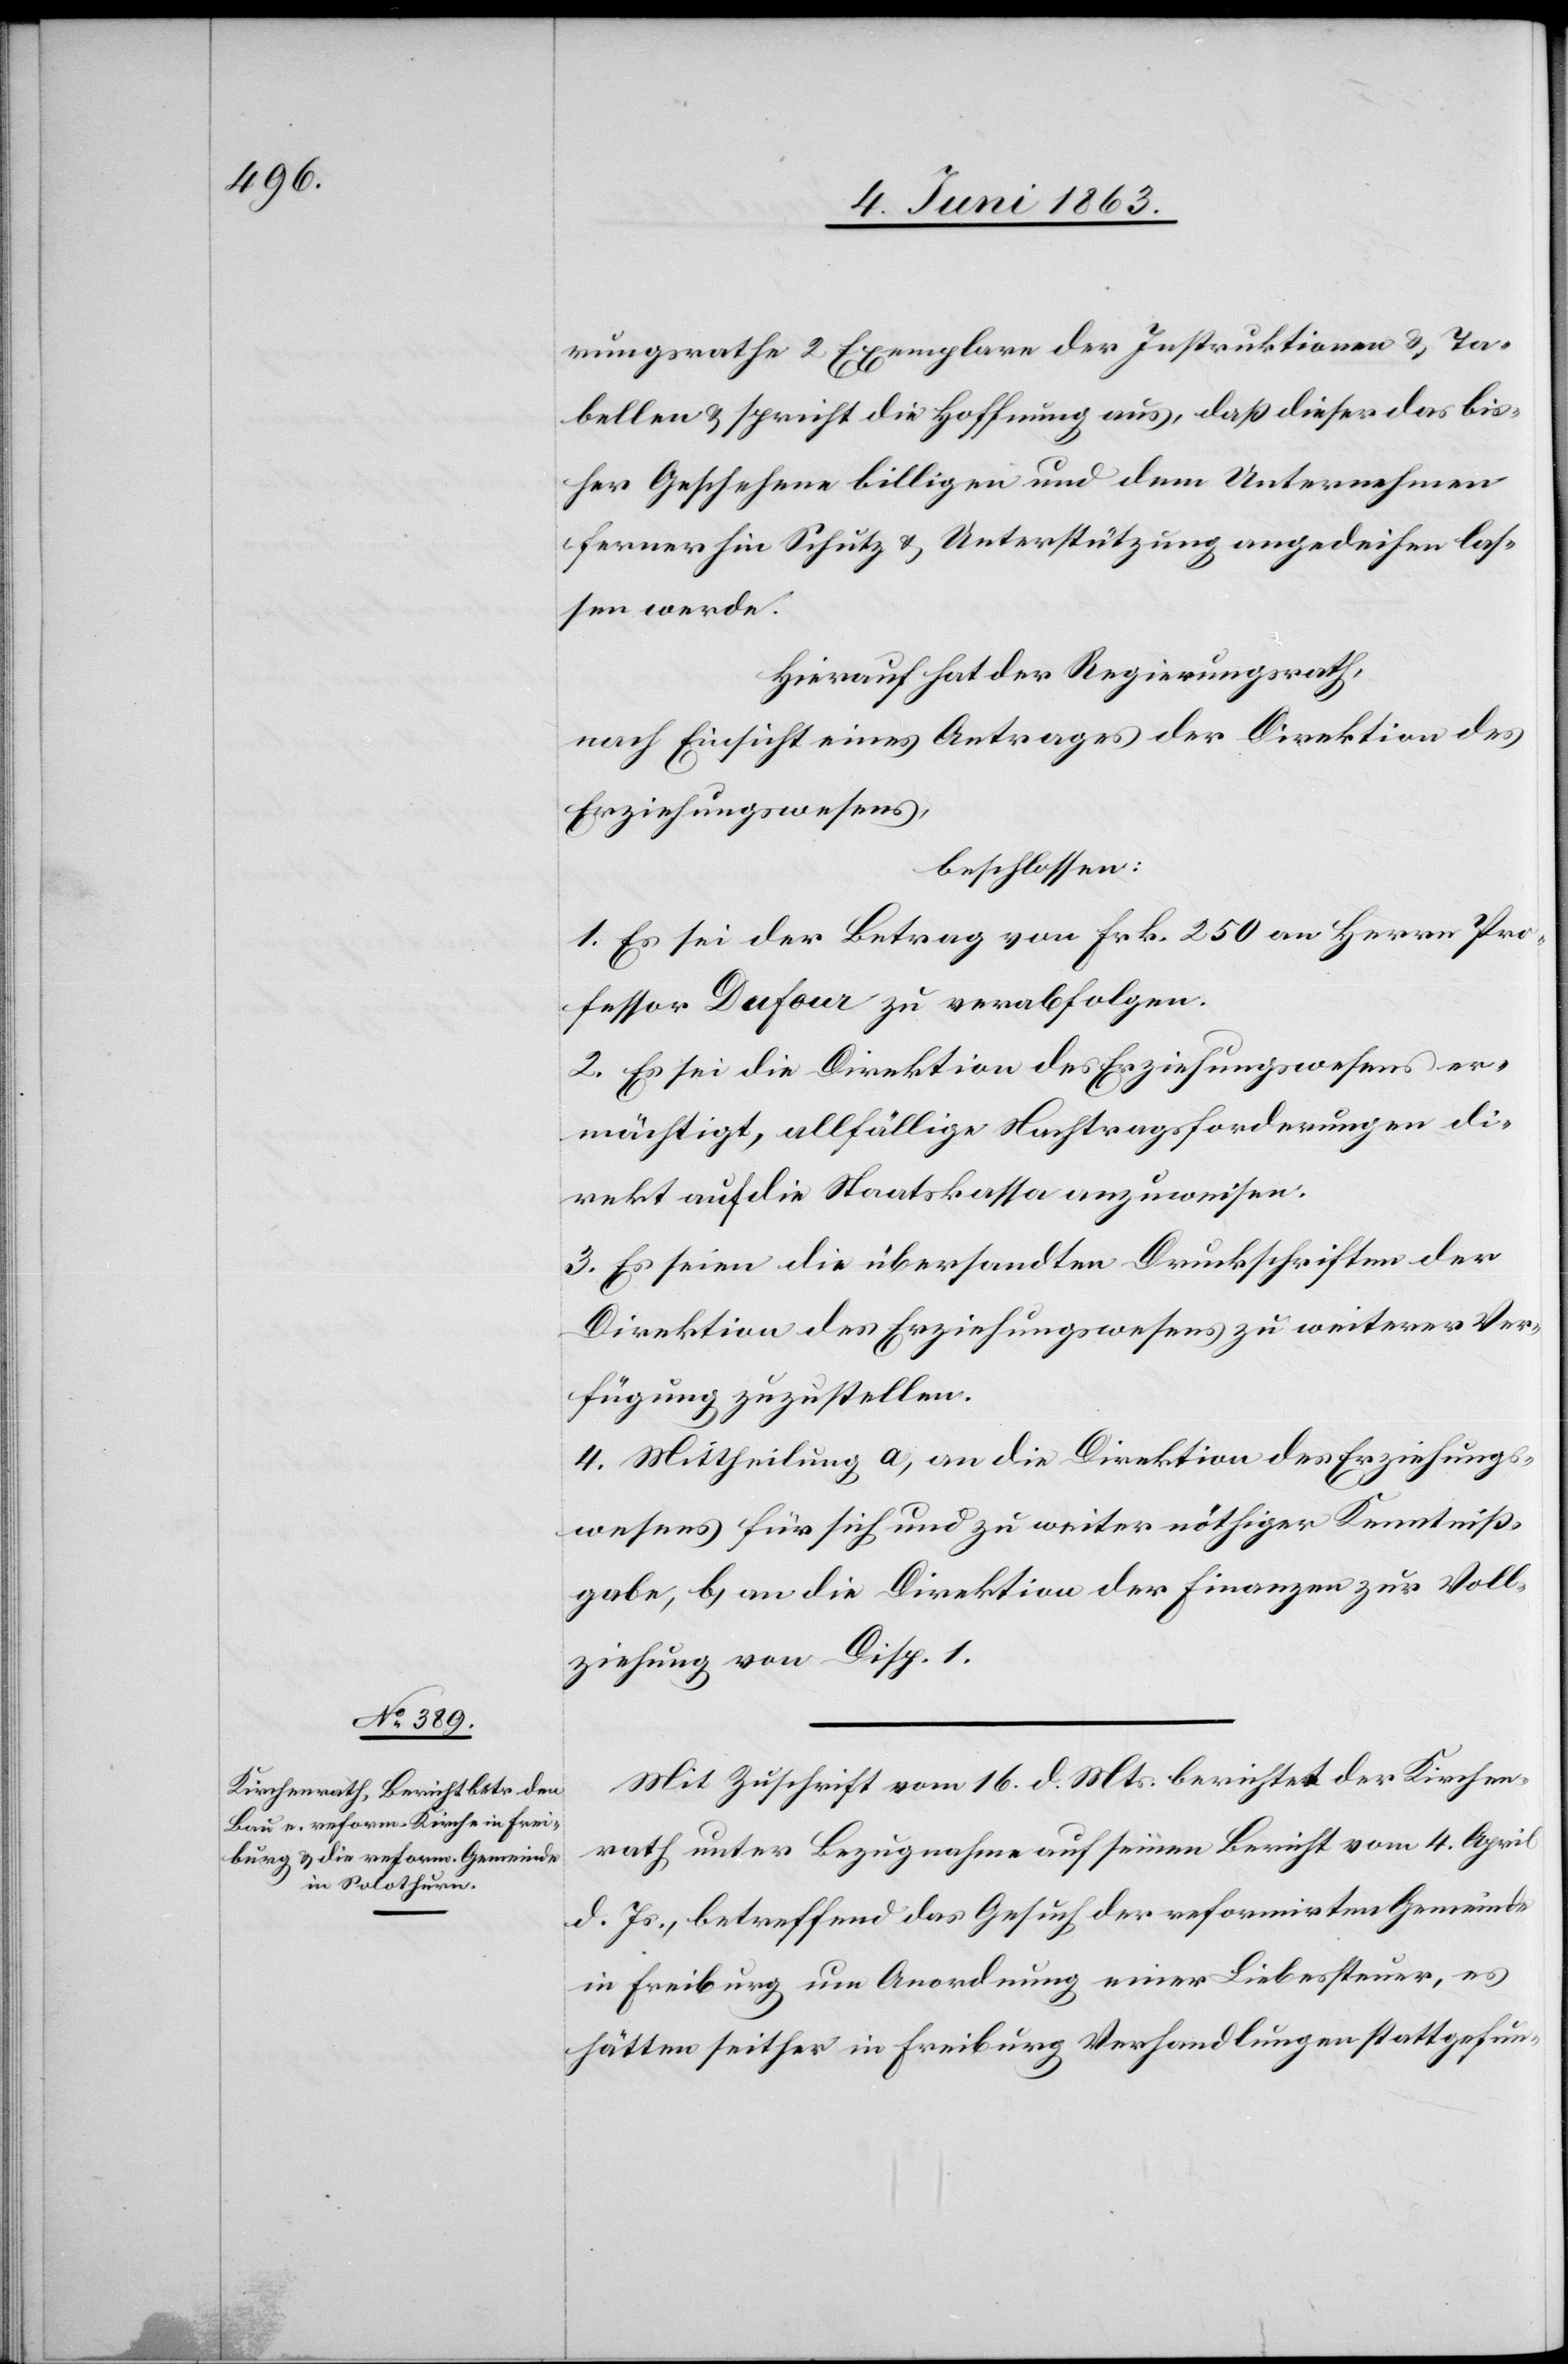
rungsrathe 2 Exemplare der Instruktionen & Ta¬
bellen & spricht die Hoffnung aus, daß dieser das bis¬
her Geschehene billigen und dem Unternehmen
ferner hin Schutz & Unterstützung angedeihen las¬
sen werde.
Hierauf hat der Regierungsrath,
nach Einsicht eines Antrages der Direktion des
Erziehungswesens,
beschlossen:
1. Es sei der Betrag von Frk. 250 an Herrn Pro¬
fessor Dufour zu verabfolgen.
2. Es sei die Direktion des Erziehungswesens er¬
mächtigt, allfällige Nachtragsforderungen di¬
rekt auf die Staatskassa anzuweisen.
3. Es seien die übersandten Druckschriften der
Direktion des Erziehungswesens zu weiterer Ver¬
fügung zuzustellen.
4. Mittheilung a) an die Direktion des Erziehungs¬
wesens für sich und zu weiter nöthiger Kenntniß¬
gabe, b) an die Direktion der Finanzen zur Voll¬
ziehung von Disp. 1.
Mit Zuschrift vom 16. d. Mts. berichtet der Kirchen¬
rath unter Bezugnahme auf seinen Bericht vom 4. April
d. Js., betreffend das Gesuch der reformirten Gemeinde
in Freiburg um Anordnung einer Liebessteuer, es
hätten seither in Freiburg Verhandlungen stattgefun-